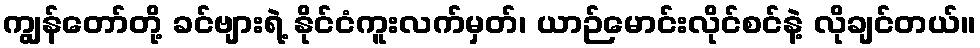
ကျွန်တော်တို့ ခင်ဗျားရဲ့ နိုင်ငံကူးလက်မှတ်၊ ယာဉ်မောင်းလိုင်စင်နဲ့ လိုချင်တယ်။